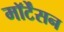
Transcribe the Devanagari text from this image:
मॉर्टेंसन